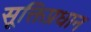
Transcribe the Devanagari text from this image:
सूक्तिप्रधान